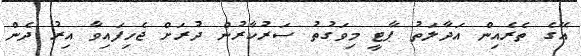
އޭގެ ތެރެއިން އަދާލަތު ޕާޓީ މިވަގުތު ސަރުކާރުން ދުރަށް ޖެހިފައިވާ އިރު ދެން